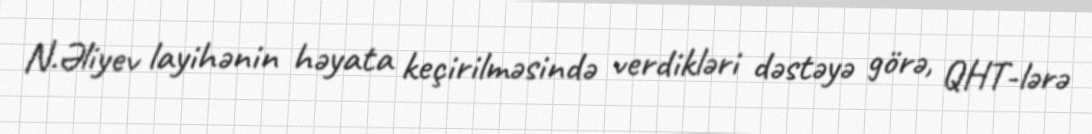
N.Əliyev layihənin həyata keçirilməsində verdikləri dəstəyə görə, QHT-lərə